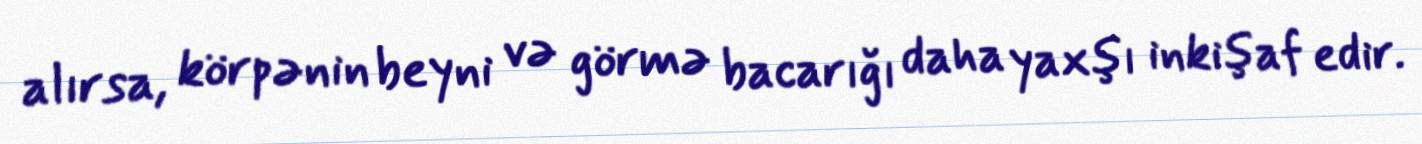
alırsa, körpənin beyni və görmə bacarığı daha yaxşı inkişaf edir.